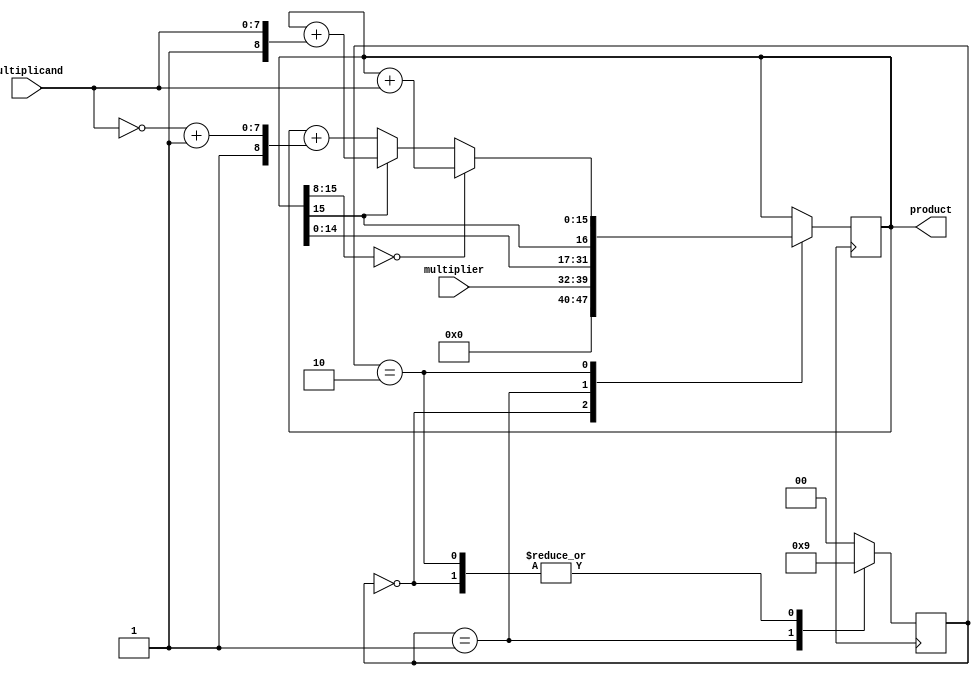
module booth_multiplier(
    input [7:0] multiplicand,
    input [7:0] multiplier,
    output reg [15:0] product
);

reg [15:0] partial_product;
reg [1:0] booth_state;

always @ (posedge clk) begin
    case(booth_state)
        2'b00: begin //initial state
            partial_product <= {8'd0, multiplier};
            booth_state <= 2'b01;
        end
        2'b01: begin //shift left
            partial_product <= {partial_product[14:0], partial_product[15]};
            booth_state <= 2'b10;
        end
        2'b10: begin //add/subtract based on Booth encoding
            if (partial_product[15:8] == 8'd0)
                partial_product <= partial_product + {8'd0, multiplicand};
            else if (partial_product[15] == 0)
                partial_product <= partial_product + {8'd1, ~multiplicand + 8'd1};
            else
                partial_product <= partial_product + {8'd1, multiplicand};
            booth_state <= 2'b01;
        end
        default: booth_state <= 2'b00;
    endcase
end

assign product = partial_product;

endmodule